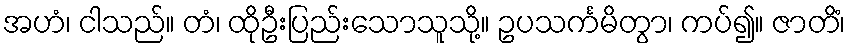
အဟံ၊ ငါသည်။ တံ၊ ထိုဦးပြည်းသောသူသို့။ ဥပသင်္ကမိတွာ၊ ကပ်၍။ ဇာတိံ၊